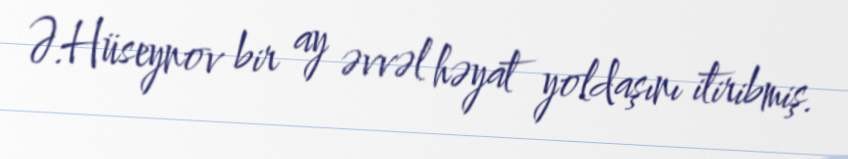
Ə.Hüseynov bir ay əvvəl həyat yoldaşını itiribmiş.